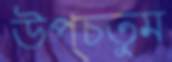
উপ্‌চতুম